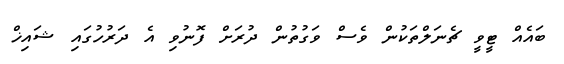
ބައެއް ޓީވީ ޗެނަލްތަކުން ވެސް ވަގުތުން ދުރަށް ފޮނުވި އެ ދަރުހުގައި ޝައިޚް